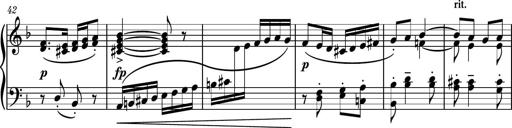
Title: Piano Sonatina II
Composer: Dimitri Sykias
Key: F major